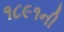
૧૮૯૧ની